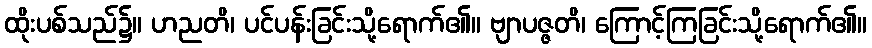
ထိုးပစ်သည်၌။ ဟညတိ၊ ပင်ပန်းခြင်းသို့ရောက်၏။ ဗျာပဇ္ဇတိ၊ ကြောင့်ကြခြင်းသို့ရောက်၏။